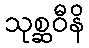
သုစ္ဆဝီနိ